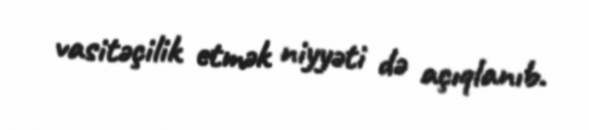
vasitəçilik etmək niyyəti də açıqlanıb.